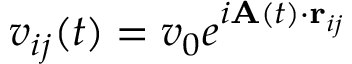
v _ { i j } ( t ) = v _ { 0 } e ^ { i { \bf A } ( t ) \cdot { \bf r } _ { i j } }